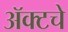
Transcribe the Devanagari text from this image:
ॲक्टचे